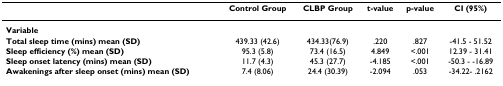
|  | Control Group | CLBP Group | t-value | p-value | CI (95%) |
 | --- | --- | --- | --- | --- | --- |
 | Variable |  |  |  |  |  |
 | Total sleep time (mins) mean (SD) | 439.33 (42.6) | 434.33(76.9) | .220 | .827 | -41.5 - 51.52 |
 | Sleep efficiency (%) mean (SD) | 95.3 (5.8) | 73.4 (16.5) | 4.849 | <.001 | 12.39 - 31.41 |
 | Sleep onset latency (mins) mean (SD) | 11.7 (4.3) | 45.3 (27.7) | -4.185 | <.001 | -50.3 - -16.89 |
 | Awakenings after sleep onset (mins) mean (SD) | 7.4 (8.06) | 24.4 (30.39) | -2.094 | .053 | -34.22- .2162 |